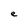
Character: e